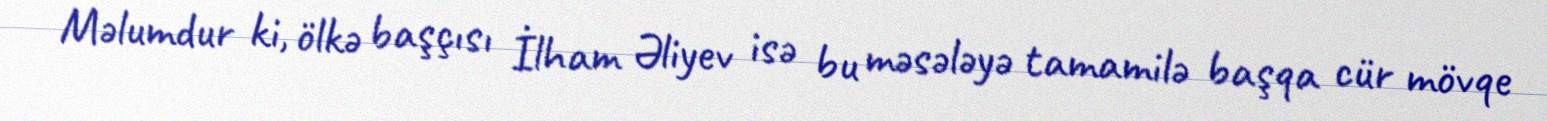
Məlumdur ki, ölkə başçısı İlham Əliyev isə bu məsələyə tamamilə başqa cür mövqe